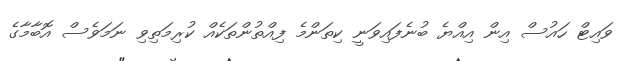
ވައިޓް ހައުސް އިން އިއްޔެ ބުނެފައިވަނީ ކިތަންމެ ފިއްތުންތަކެއް ކުރިމަތިވި ނަމަވެސް އޮބާމާގެ